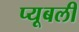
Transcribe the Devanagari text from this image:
प्यूबली